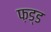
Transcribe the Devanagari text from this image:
फ़ड्ड